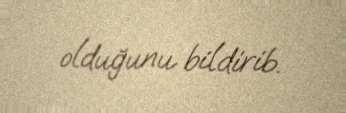
olduğunu bildirib.